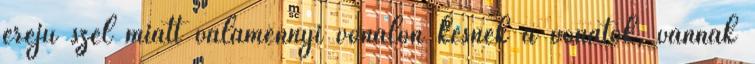
erejű szél miatt valamennyi vonalon késnek a vonatok, vannak